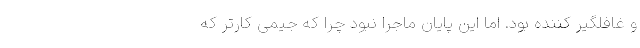
و غافلگیر کننده بود. اما این پایان ماجرا نبود چرا که جیمی کارتر که